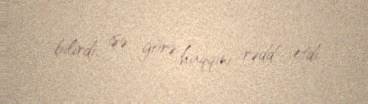
bilirdi; işə görə haqqını rədd etdi.